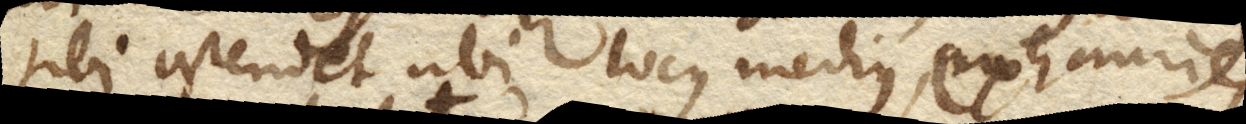
tibi ostendet ubi locus medius, exhauries